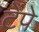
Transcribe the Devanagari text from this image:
टेंपे